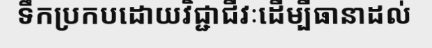
ទឹកប្រកបដោយវិជ្ជាជីវៈដើម្បីធានាដល់